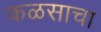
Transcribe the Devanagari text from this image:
कळसाचा